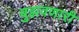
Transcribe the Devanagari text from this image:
बुझवणारी